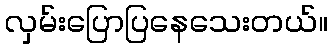
လှမ်းပြောပြနေသေးတယ်။